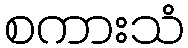
စကားသံ